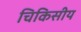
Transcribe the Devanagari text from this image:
चिकिसीय